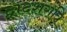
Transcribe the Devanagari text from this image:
द्वादशरात्रि